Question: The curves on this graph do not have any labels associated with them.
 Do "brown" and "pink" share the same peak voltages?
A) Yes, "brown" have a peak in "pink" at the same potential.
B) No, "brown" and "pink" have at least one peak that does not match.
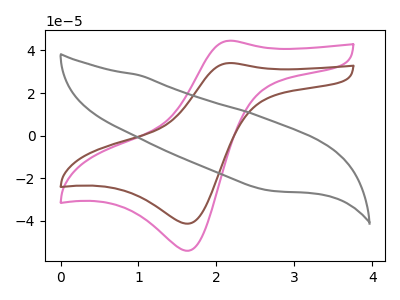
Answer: <think>The pink curve "pink" has an anodic peak at (2.15V, 44.55uA) and a cathodic peak at (1.65V, -54.05uA). The brown curve "brown" has an anodic peak at (2.15V, 34.05uA) and a cathodic peak at (1.65V, -41.30uA). The gray curve "gray" has no peaks.</think>
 <answer>A) Yes, "brown" have a peak in "pink" at the same potential.</answer>
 <eval>A</eval>